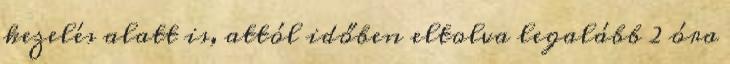
kezelés alatt is, attól időben eltolva legalább 2 óra